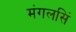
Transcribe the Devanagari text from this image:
मंगलसिं